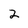
Character: 2